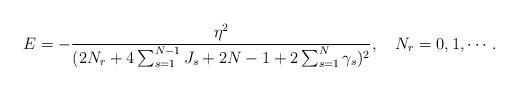
LaTeX: \begin{align*} E=-\frac{\eta^2}{(2N_r+4\sum_{s=1}^{N-1}J_s+2N-1+2\sum_{s=1}^{N}\gamma_s)^2},~~~N_r=0,1,\cdots.\end{align*}